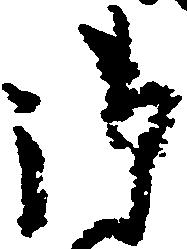
御